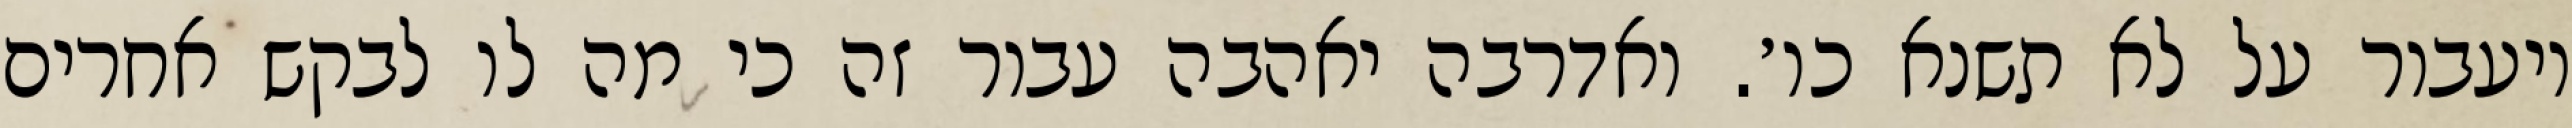
ויעבור על לא תשנא כו׳. ואדרבה יאהבה עבור זה כי מה לו לבקש אחרים